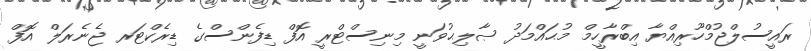
ރައީސުލްޖުމްހޫރިއްޔާ އިބްރާހީމް މުޙައްމަދު ޞާލިޙުވަނީ މިނިސްޓްރީ އޮފް ޑިފެންސްގެ ޑިރެކްޓަރ ޖެނެރަލް އޮފް